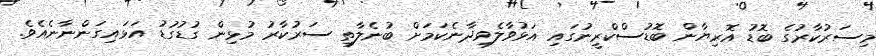
މިސަރުކާރުގެ ބޮޑު އޮރިޔާން ބޮޑުސްކްރީނުގައި އަޅުވާލެވިދާނެކަމަށް ބުނެލާތި ސަރުކާރު މުޅިން ގުޑުގުޑު އަޅައިގަންނާނެއެވެ.